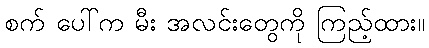
စက် ပေါ်က မီး အလင်းတွေကို ကြည့်ထား။